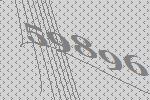
59896